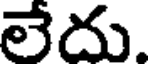
లేదు.